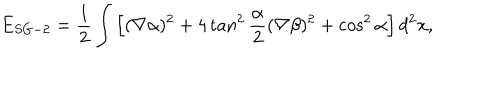
E _ { S G - 2 } = \frac 1 2 \int \left[ ( \nabla \alpha ) ^ { 2 } + 4 \tan ^ { 2 } \frac { \alpha } { 2 } ( \nabla \beta ) ^ { 2 } + \cos ^ { 2 } \alpha \right] d ^ { 2 } x ,